Leaving Certificate Examination (including Day School Certificate (Higher) General paper), 1931
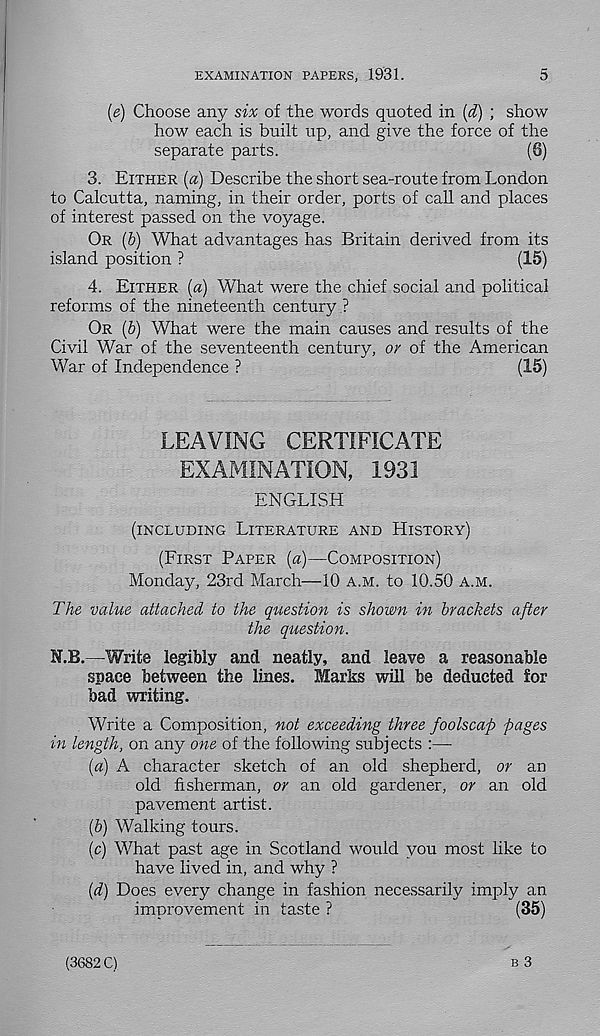
EXAMINATION PAPERS, 1931.
5
[e) Choose any six of the words quoted in (d) ; show
how each is built up, and give the force of the
separate parts.
(6)
3. EITHER (a) Describe the short sea-route from London
to Calcutta, naming, in their order, ports of call and places
of interest passed on the voyage.
OR (b) What advantages has Britain derived from its
island position ?
(15)
4. EITHER (a) What were the chief social and political
reforms of the nineteenth century ?
OR (b) What were the main causes and results of the
Civil War of the seventeenth century, or of the American
War of Independence ?
(15)
LEAVING CERTIFICATE
EXAMINATION, 1931
ENGLISH
(INCLUDING LITERATURE AND HISTORY)
(FIRST PAPER (a)—COMPOSITION)
Monday, 23rd March—10 A.M. to 10.50 A.M.
The value attached to the question is shown in brackets after
the question.
M.B.—Write legibly and neatly, and leave a reasonable
space between the lines. Marks will be deducted for
bad writing.
Write a Composition, not exceeding three foolscap pages
in length, on any one of the following subjects :—
(a) A character sketch of an old shepherd, or an
old fisherman, or an old gardener, or an old
pavement artist.
{b) Walking tours.
(c) What past age in Scotland would you most like to
have lived in, and why ?
(d) Does every change in fashion necessarily imply an
improvement in taste ?
(35)
B 3
(3682 C)